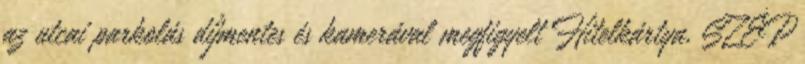
az utcai parkolás díjmentes és kamerával megfigyelt Hitelkártya, SZÉP